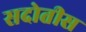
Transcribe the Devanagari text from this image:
सदोतीस